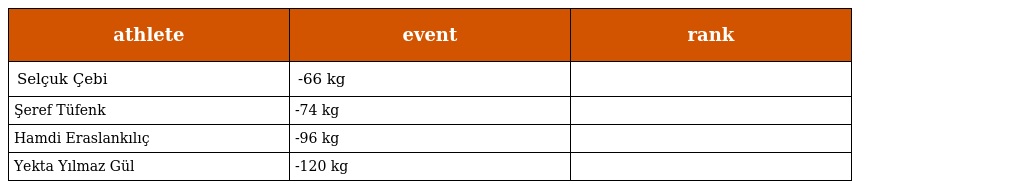
| athlete | event | rank |
 | --- | --- | --- |
 | Selçuk Çebi | -66 kg |  |
 | Şeref Tüfenk | -74 kg |  |
 | Hamdi Eraslankılıç | -96 kg |  |
 | Yekta Yılmaz Gül | -120 kg |  |